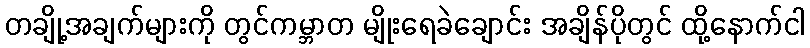
တချို့အချက်များကို တွင်ကမ္ဘာတ မျိုးရေခဲချောင်း အချိန်ပိုတွင် ထို့နောက်ငါ